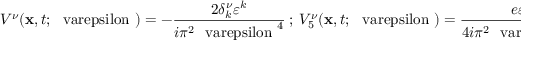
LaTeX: V ^ { \nu } ( { \bf x } , t ; \mathrm { { \boldmath ~ \ v a r e p s i l o n ~ } } ) = - \frac { 2 \delta _ { k } ^ { \nu } \varepsilon ^ { k } } { i \pi ^ { 2 } { \mathrm { { \boldmath ~ \ v a r e p s i l o n ~ } } } ^ { 4 } } \ ; \ V _ { 5 } ^ { \nu } ( { \bf x } , t ; \mathrm { { \boldmath ~ \ v a r e p s i l o n ~ } } ) = \frac { e \varepsilon _ { i } } { 4 i \pi ^ { 2 } { \mathrm { { \boldmath ~ \ v a r e p s i l o n ~ } } } ^ { 2 } } { \tilde { F _ { \stackrel { { \scriptstyle { l } } } { { \scriptstyle { r } } } } } } ^ { \nu i } ( { \bf x } , t ) .